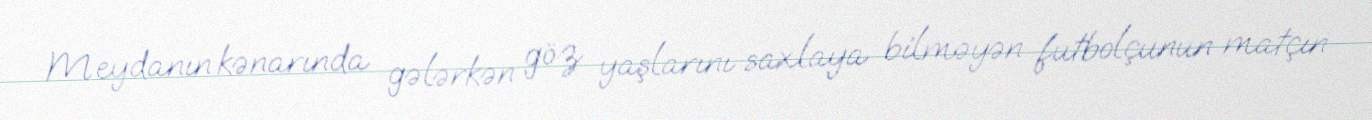
Meydanın kənarında gələrkən göz yaşlarını saxlaya bilməyən futbolçunun matçın